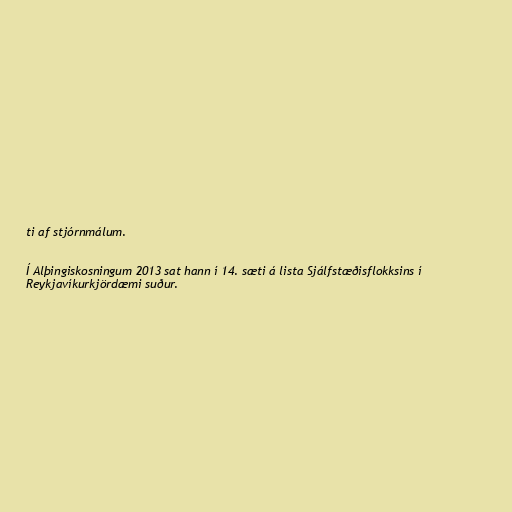
ti af stjórnmálum.

Í Alþingiskosningum 2013 sat hann í 14. sæti á lista Sjálfstæðisflokksins í
Reykjavíkurkjördæmi suður.